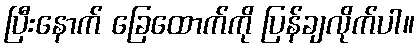
ပြီးနောက် ခြေထောက်ကို ပြန်ချလိုက်ပါ။